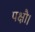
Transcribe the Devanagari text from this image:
पक्षौ।